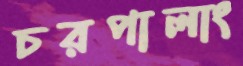
চরপালাং